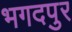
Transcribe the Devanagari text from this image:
भगदपुर